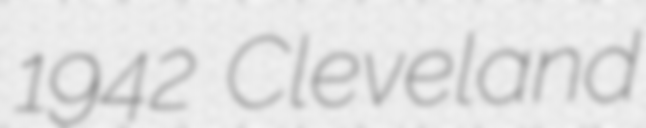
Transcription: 1942 Cleveland